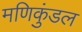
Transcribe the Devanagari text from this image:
मणिकुंडल